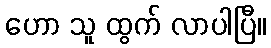
ဟော သူ ထွက် လာပါပြီ။